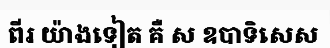
ពីរ យ៉ាងទៀត គឺ ស ឧបាទិសេស